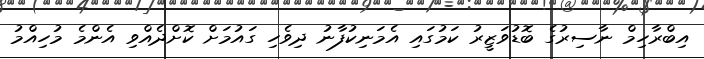
އިބްރާހިމް ނާސިރުގެ ބޮޑުވަޒީރު ކަމުގައި އެމަނިކުފާނު ދިވެހި ގައުމަށް ކޮށްދެއްވި އެންމެ މުހިއްމު